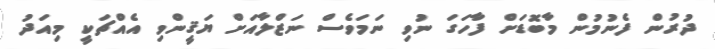
ދުރުން ފެނުމުން މާބޮޑަށް ފާހަގަ ނުވި ނަމަވެސް ނަޒްލާއަށް ޔަޤީންވި އެއްޗަކީ މިއަދު